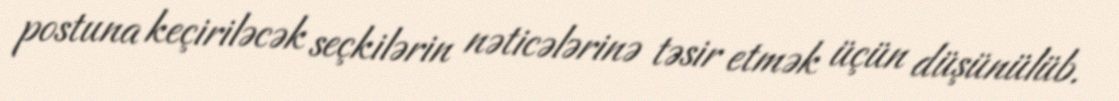
postuna keçiriləcək seçkilərin nəticələrinə təsir etmək üçün düşünülüb.